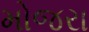
મોજરા